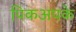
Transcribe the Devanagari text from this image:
पिकअपके